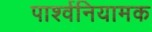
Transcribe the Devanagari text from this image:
पार्श्वनियामक